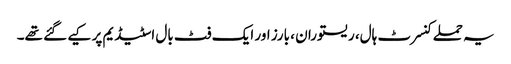
یہ حملے کنسرٹ ہال، ریستوران ، بارز اور ایک فٹ بال اسٹیڈیم پر کیے گئے تھے۔